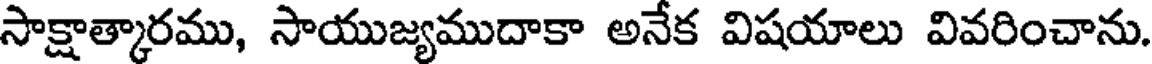
సాక్షాత్కారము, సాయుజ్యముదాకా అనేక విషయాలు వివరించాను.